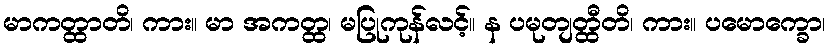
မာကတ္ထာတိ၊ ကား။ မာ အကတ္ထ၊ မပြုကုန်လင့်။ န ပမုတျတ္ထီတိ၊ ကား။ ပမောက္ခော၊